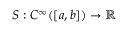
S : C ^ { \infty } ( [ a , b ] ) \to \mathbb { R }